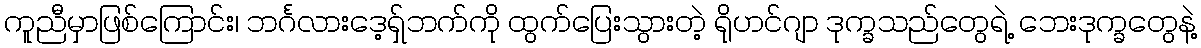
ကူညီမှာဖြစ်ကြောင်း၊ ဘင်္ဂလားဒေ့ရှ်ဘက်ကို ထွက်ပြေးသွားတဲ့ ရိုဟင်ဂျာ ဒုက္ခသည်တွေရဲ့ ဘေးဒုက္ခတွေနဲ့